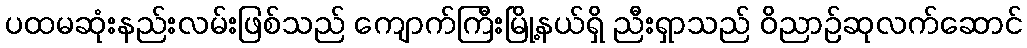
ပထမဆုံးနည်းလမ်းဖြစ်သည် ကျောက်ကြီးမြို့နယ်ရှိ ညီးရှာသည် ဝိညာဉ်ဆုလက်ဆောင်